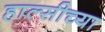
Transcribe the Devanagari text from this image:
हाल्सीच्या